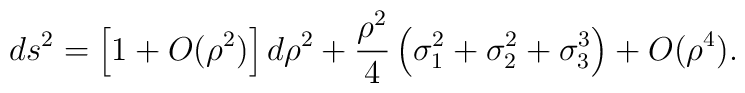
ds^2= \left[ 1 + O(\rho^2) \right]d\rho^2+\frac{\rho^2}{4}\left(\sigma_1^2+\sigma_2^2+\sigma_3^3\right) +O(\rho^4).